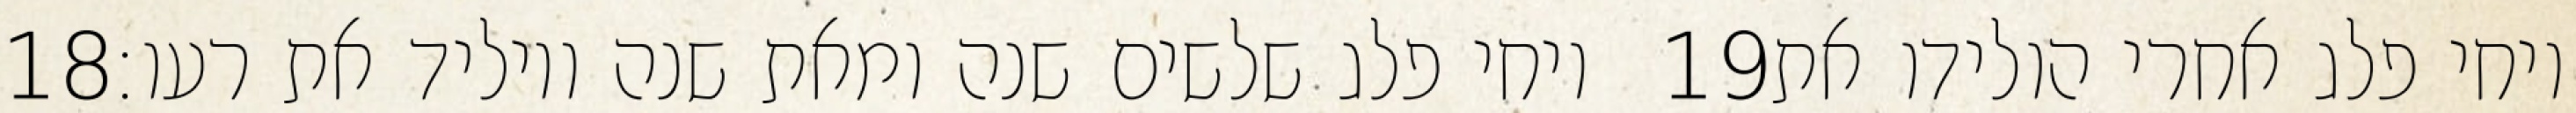
‎18‏ ויחי פלג שלשים שנה ומאת שנה ויוליד את רעו׃ ‎19‏ ויחי פלג אחרי הולידו את